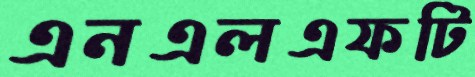
এনএলএফটি